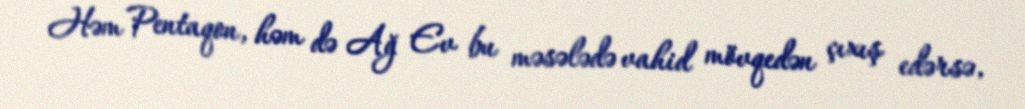
Həm Pentaqon, həm də Ağ Ev bu məsələdə vahid mövqedən çıxış edərsə,